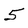
Character: 5